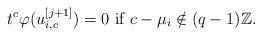
LaTeX: \begin{align*}t^c\varphi(u_{i,c}^{[j+1]})= 0\mbox{ if }c-\mu_i\notin(q-1){\mathbb Z}.\end{align*}